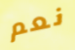
نعم